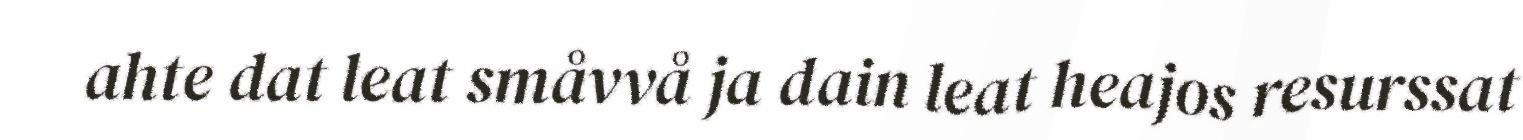
ahte dat leat småvvå ja dain leat heajos resurssat